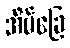
အိမ်ခြေ